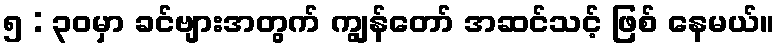
၅ : ၃၀မှာ ခင်ဗျားအတွက် ကျွန်တော် အဆင်သင့် ဖြစ် နေမယ်။